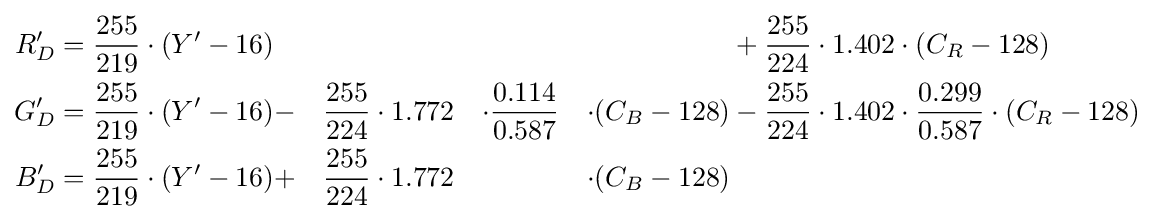
{\begin{aligned}R'_{D}={\frac {255}{219}}\cdot (Y'-16)&&&&&&&+{\frac {255}{224}}\cdot 1.402\cdot (C_{R}-128)\\G'_{D}={\frac {255}{219}}\cdot (Y'-16)&-&{\frac {255}{224}}\cdot 1.772&&\cdot {\frac {0.114}{0.587}}&&\cdot (C_{B}-128)&-{\frac {255}{224}}\cdot 1.402\cdot {\frac {0.299}{0.587}}\cdot (C_{R}-128)\\B'_{D}={\frac {255}{219}}\cdot (Y'-16)&+&{\frac {255}{224}}\cdot 1.772&&&&\cdot (C_{B}-128)\end{aligned}}